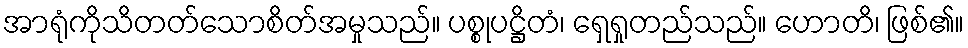
အာရုံကိုသိတတ်သောစိတ်အမှုသည်။ ပစ္စုပဋ္ဌိတံ၊ ရှေရှုတည်သည်။ ဟောတိ၊ ဖြစ်၏။